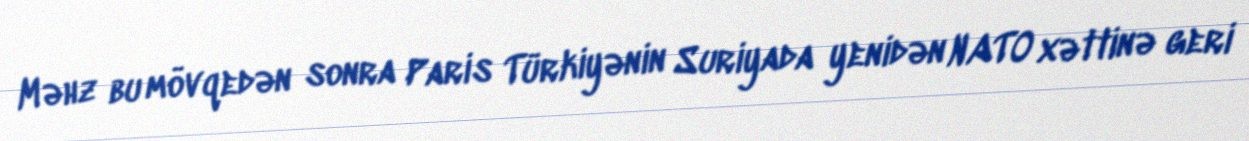
Məhz bu mövqedən sonra Paris Türkiyənin Suriyada yenidən NATO xəttinə geri